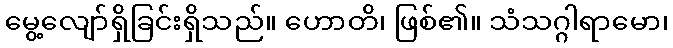
မွေ့လျော်ရှိခြင်းရှိသည်။ ဟောတိ၊ ဖြစ်၏။ သံသဂ္ဂါရာမော၊